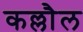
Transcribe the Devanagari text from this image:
कल्लौल